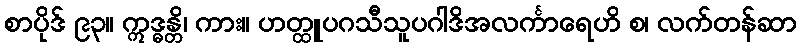
စာပိုဒ် ၉၃။ ဣဒ္ဓန္တိ၊ ကား။ ဟတ္ထူပဂသီသူပဂါဒိအလင်္ကာရေဟိ စ၊ လက်တန်ဆာ